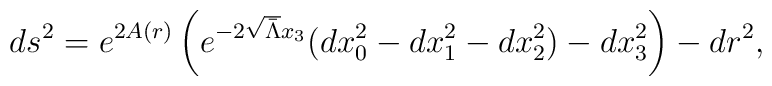
ds^2 = e^{2A(r)}\left( e^{-2 \sqrt{\bar\Lambda} x_3}(dx_0^2 -        dx_1^2 -dx_2^2) - dx_3^2 \right) - dr^2,